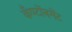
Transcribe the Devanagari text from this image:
कँण्टोंनमेंट